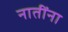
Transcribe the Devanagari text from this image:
नातींना